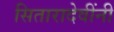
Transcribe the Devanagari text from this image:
सितारादेवींनी